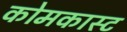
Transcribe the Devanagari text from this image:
कोमकास्ट